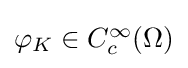
{\textstyle \varphi _{K}\in C_{c}^{\infty }(\Omega )}